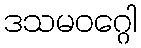
ဒသမဝဂ္ဂေါ